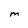
Character: M